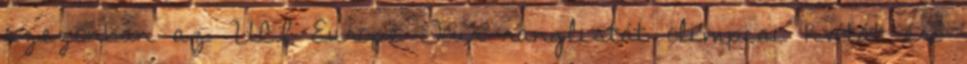
szezonban az UCI Europe Tour ranglistát olimpiai kvótát érő